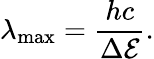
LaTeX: \lambda_{\mathrm{max}}=\frac{hc}{\Delta\mathcal{E}}.